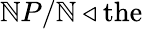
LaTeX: \mathbb{N}P/\mathbb{N}\triangleleft{\mathrm{{the}}}